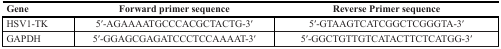
<table><thead><tr><td><b>Gene</b></td><td><b>Forward primer sequence</b></td><td><b>Reverse Primer sequence</b></td></tr></thead><tbody><tr><td>HSV1-TK</td><td>5′-AGAAAATGCCCACGCTACTG-3′</td><td>5′-GTAAGTCATCGGCTCGGGTA-3′</td></tr><tr><td>GAPDH</td><td>5′-GGAGCGAGATCCCTCCAAAAT-3′</td><td>5′-GGCTGTTGTCATACTTCTCATGG-3′</td></tr></tbody></table>